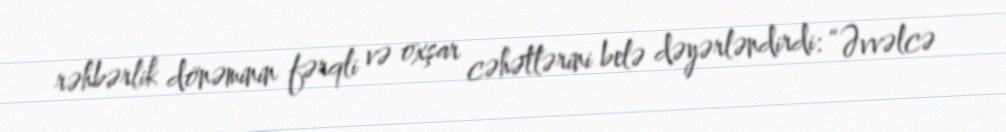
rəhbərlik dönəminin fərqli və oxşar cəhətlərini belə dəyərləndirdi: “Əvvəlcə